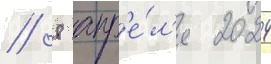
// 8 апр'е́л'я 2024